Calcutta medical institutions reports 1879-81 [i.e.91]
Year: 1879
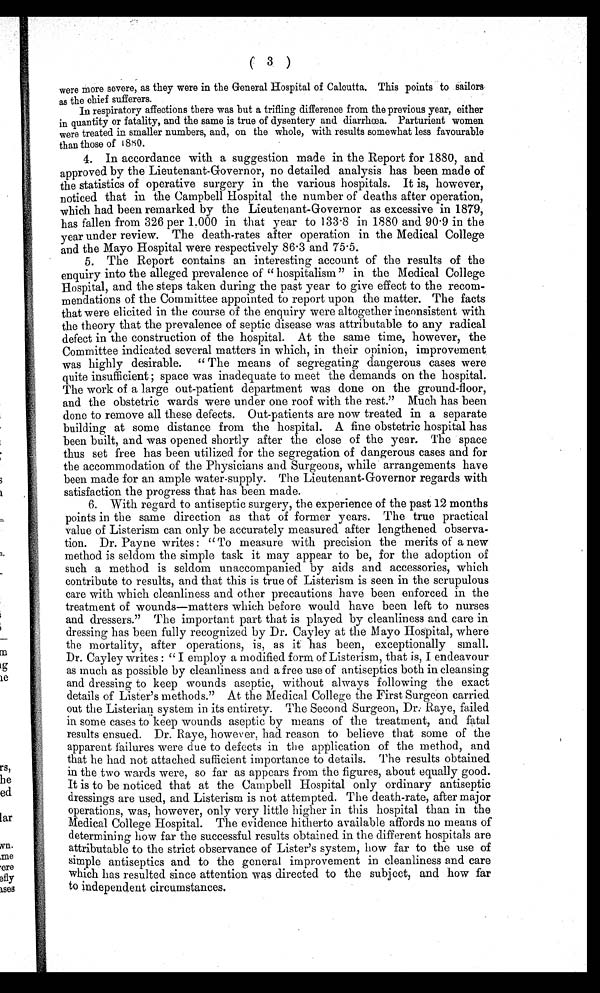
(3)
were more severe, as they were in the General Hospital of Calcutta. This points to sailors
as the chief sufferers.
In respiratory affections there was but a trifling difference from the previous year, either
in quantity or fatality, and the same is true of dysentery and diarrhœa. Parturient women
were treated in smaller numbers, and, on the whole, with results somewhat less favourable
than those of 1880.
4. In accordance with a suggestion made in the Report for 1880, and
approved by the Lieutenant-Governor, no detailed analysis has been made of
the statistics of operative surgery in the various hospitals. It is, however,
noticed that in the Campbell Hospital the number of deaths after operation,
which had been remarked by the Lieutenant-Governor as excessive in 1879,
has fallen from 326 per 1,000 in that year to 133.8 in 1880 and 90.9 in the
year under review. The death-rates after operation in the Medical College
and the Mayo Hospital were respectively 86.3 and 75.5. 5.
The Report contains an interesting account of the results of the
enquiry into the alleged prevalence of "hospitalism" in the Medical College
Hospital, and the steps taken during the past year to give effect to the recom
-mendations of the Committee appointed to report upon the matter. The facts
that were elicited in the course of the enquiry were altogether inconsistent with
the theory that the prevalence of septic disease was attributable to any radical
defect in the construction of the hospital. At the same time, however, the
Committee indicated several matters in which, in their opinion, improvement
was highly desirable. "The means of segregating dangerous cases were
qui t e i nsuffi ci ent ; space was i nadequat e t o meet t he demands on t he hospi t al .
The work of a large out-patient department was done on the ground-floor,
and the obstetric wards were under one roof with the rest." Much has been
done to remove all these defects. Out-patients are now treated in a separate
building at some distance from the hospital. A fine obstetric hospital has
been built, and was opened shortly after the close of the year. The space
thus set free has been utilized for the segregation of dangerous cases and for
the accommodation of the Physicians and Surgeons, while arrangements have
been made for an ample water-supply. The Lieutenant-Governor regards with
satisfaction the progress that has been made.
6. With regard to antiseptic surgery, the experience of the past 12 months
points in the same direction as that of former years. The true practical
value of Listerism can only be accurately measured after lengthened observa
-tion. Dr. Payne writes: "To measure with precision the merits of a new
method is seldom the simple task it may appear to be, for the adoption of
such a method is seldom unaccompanied by aids and accessories, which
contribute to results, and that this is true of Listerism is seen in the scrupulous
care with which cleanliness and other precautions have been enforced in the
treatment of wounds—matters which before would have been left to nurses
and dressers." The important part that is played by cleanliness and care in
dressing has been fully recognized by Dr. Cayley at the Mayo Hospital, where
the mortality, after operations, is, as it has been, exceptionally small.
Dr. Cayley writes: "I employ a modified form of Listerism, that is, I endeavour
as much as possible by cleanliness and a free use of antiseptics both in cleansing
and dressing to keep wounds aseptic, without always following the exact
details of Lister's methods." At the Medical College the First Surgeon carried
out the Listerian system in its entirety. The Second Surgeon, Dr. Raye, failed
in some cases to keep wounds aseptic by means of the treatment, and fatal
results ensued. Dr. Raye, however, had reason to believe that some of the
apparent failures were due to defects in the application of the method, and
that he had not attached sufficient importance to details. The results obtained
in the two wards were, so far as appears from the figures, about equally good.
It is to be noticed that at the Campbell Hospital only ordinary antiseptic
dressings are used, and Listerism is not attempted. The death-rate, after major
operations, was, however, only very little higher in this hospital than in the
Medical College Hospital. The evidence hitherto available affords no means of
determining how far the successful results obtained in the different hospitals are
attributable to the strict observance of Lister's system, how far to the use of
simple antiseptics and to the general improvement in cleanliness and care
which has resulted since attention was directed to the subject, and how far
to independent circumstances.